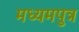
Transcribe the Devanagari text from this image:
मध्यमपुत्र